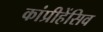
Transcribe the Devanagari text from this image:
कांप्रीहेंसिव